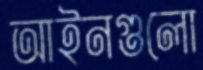
আইনগুলো